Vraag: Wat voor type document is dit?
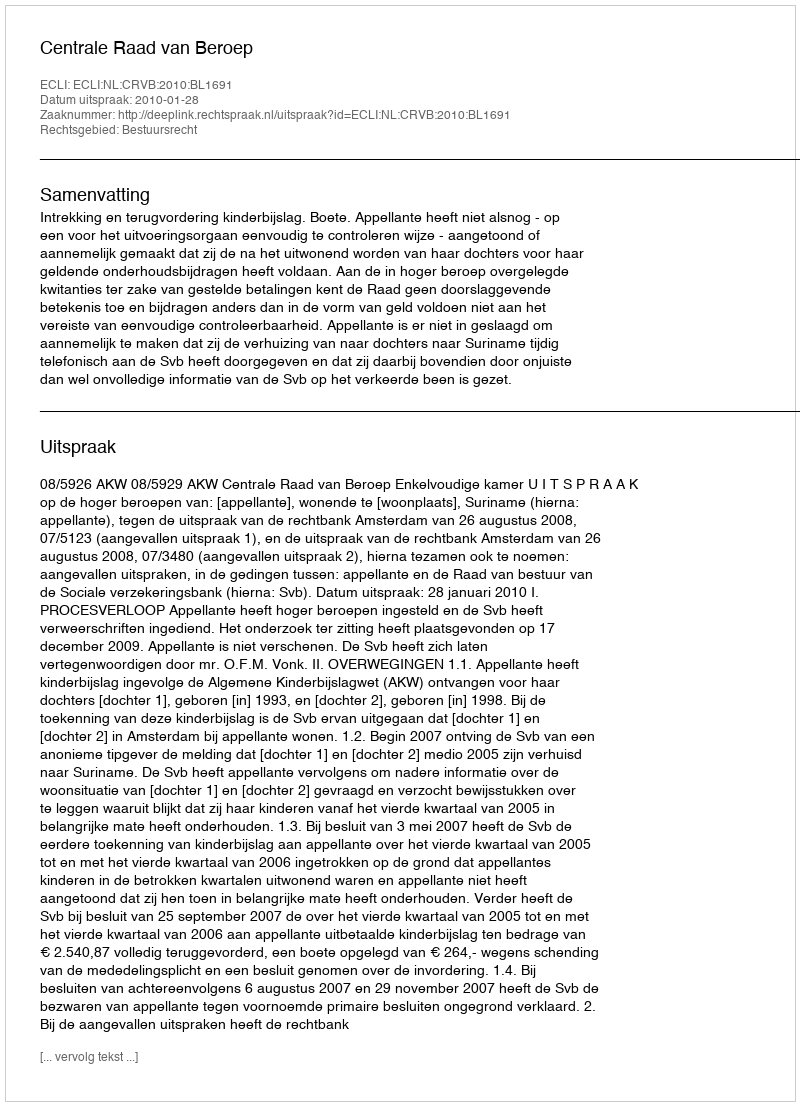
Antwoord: Uitspraak